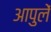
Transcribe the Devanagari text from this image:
आपुलें